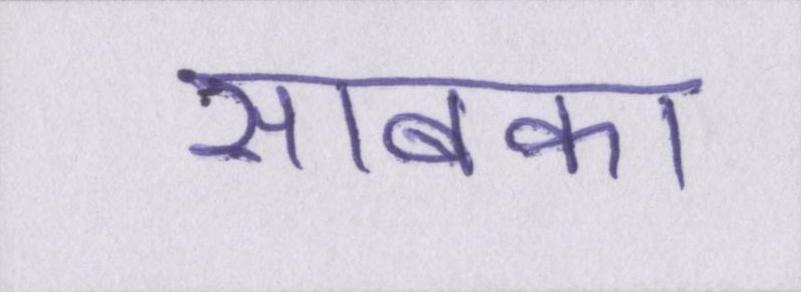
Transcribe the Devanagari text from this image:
साबका